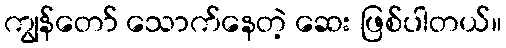
ကျွန်တော် သောက်နေတဲ့ ဆေး ဖြစ်ပါတယ်။